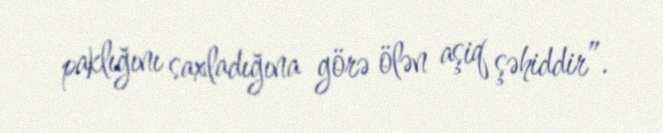
paklığını saxladığına görə ölən aşiq şəhiddir”.